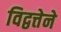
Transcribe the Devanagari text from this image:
विद्वत्तेने